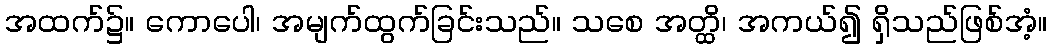
အထက်၌။ ကောပေါ၊ အမျက်ထွက်ခြင်းသည်။ သစေ အတ္ထိ၊ အကယ်၍ ရှိသည်ဖြစ်အံ့။